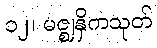
၁၂၊ မဇ္ဈနှိကသုတ်